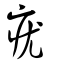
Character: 疣